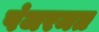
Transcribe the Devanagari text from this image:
पंजरमत